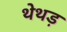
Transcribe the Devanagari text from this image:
थेथड़